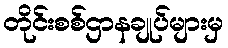
တိုင်းစစ်ဌာနချုပ်များမှ